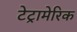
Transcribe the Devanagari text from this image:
टेट्रामेरिक